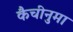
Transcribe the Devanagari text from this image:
कैचीनुमा